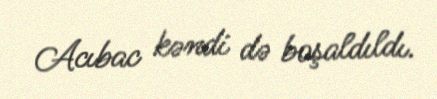
Acıbac kəndi də boşaldıldı.